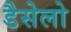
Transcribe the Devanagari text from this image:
डैसेलो